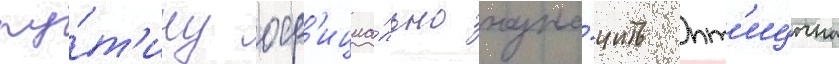
пу́т'ину оф'ициа́льно назна́чить пт'ицына